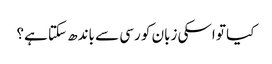
کیا تو اسکی زبان کو رسی سے باندھ سکتا ہے؟